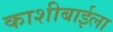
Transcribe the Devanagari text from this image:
काशीबाईला